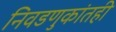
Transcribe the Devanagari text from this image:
निवडणुकांतही